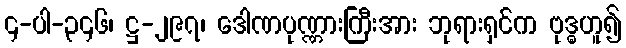
၄-ပါ-၃၄၆၊ ဋ္ဌ-၂၉၇၊ ဒေါဏပုဏ္ဏားကြီးအား ဘုရားရှင်က ဗုဒ္ဓဟူ၍